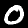
Label: 0